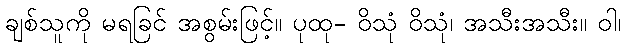
ချစ်သူကို မရခြင် အစွမ်းဖြင့်။ ပုထု- ဝိသုံ ဝိသုံ၊ အသီးအသီး။ ဝါ၊